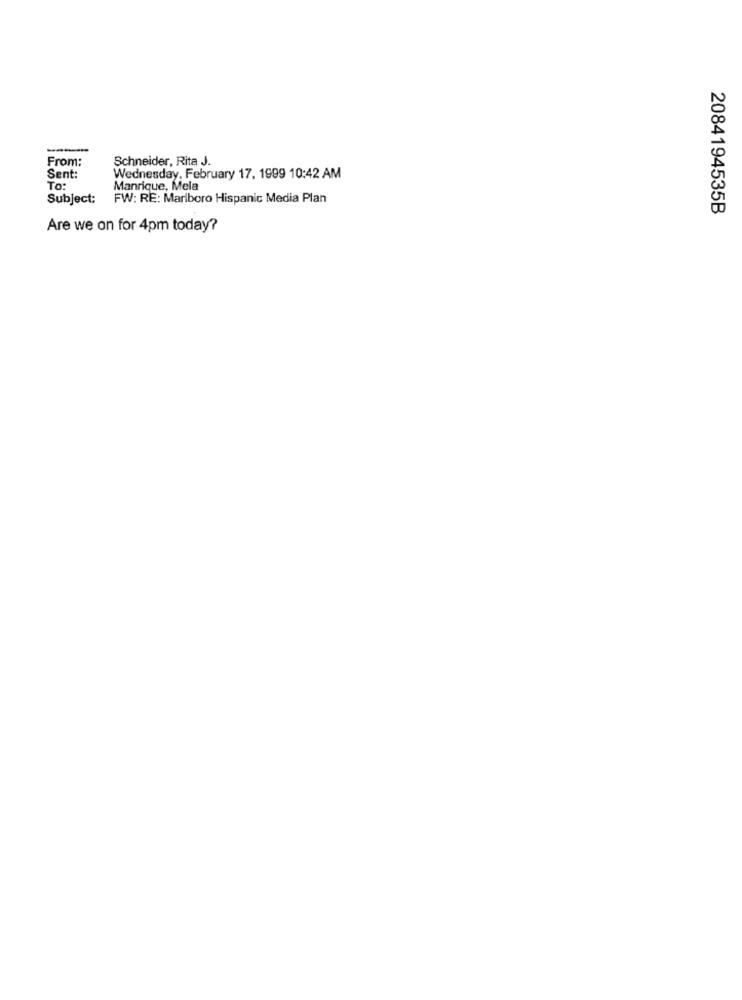
From:
Schneider, Rita J.
Sent:
Wednesday, February 17. 1999 10:42 AM
To:
Manrique, Mela
Subject:
FW: RE: Marlboro Hispanic Media Plan
2084194535B
Are we on for 4pm today?